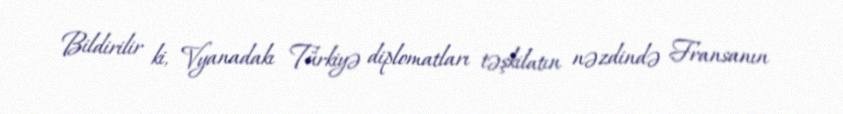
Bildirilir ki, Vyanadakı Türkiyə diplomatları təşkilatın nəzdində Fransanın